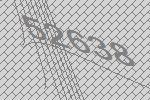
52638